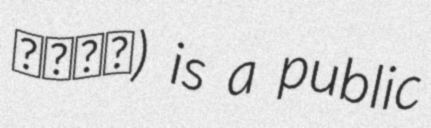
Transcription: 香港大學) is a public